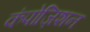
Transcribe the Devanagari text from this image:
कंपोज़िशन